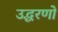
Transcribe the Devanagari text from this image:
उद्धरणो